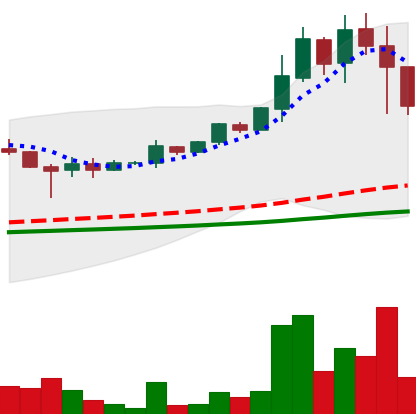
Ticker: DOGE-USD
Chart end date: 2021-05-10
Forward return: 12.892%
Label: up_7plus